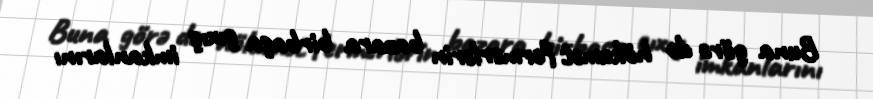
Buna görə də hökumət fermerlərin bazara birbaşa çıxış imkanlarını